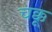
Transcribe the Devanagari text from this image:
चक्कू